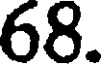
68.